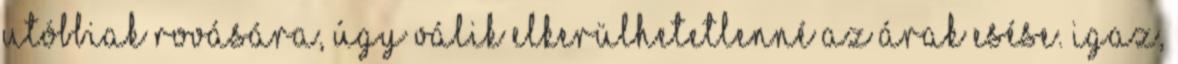
utóbbiak rovására, úgy válik elkerülhetetlenné az árak esése. Igaz,